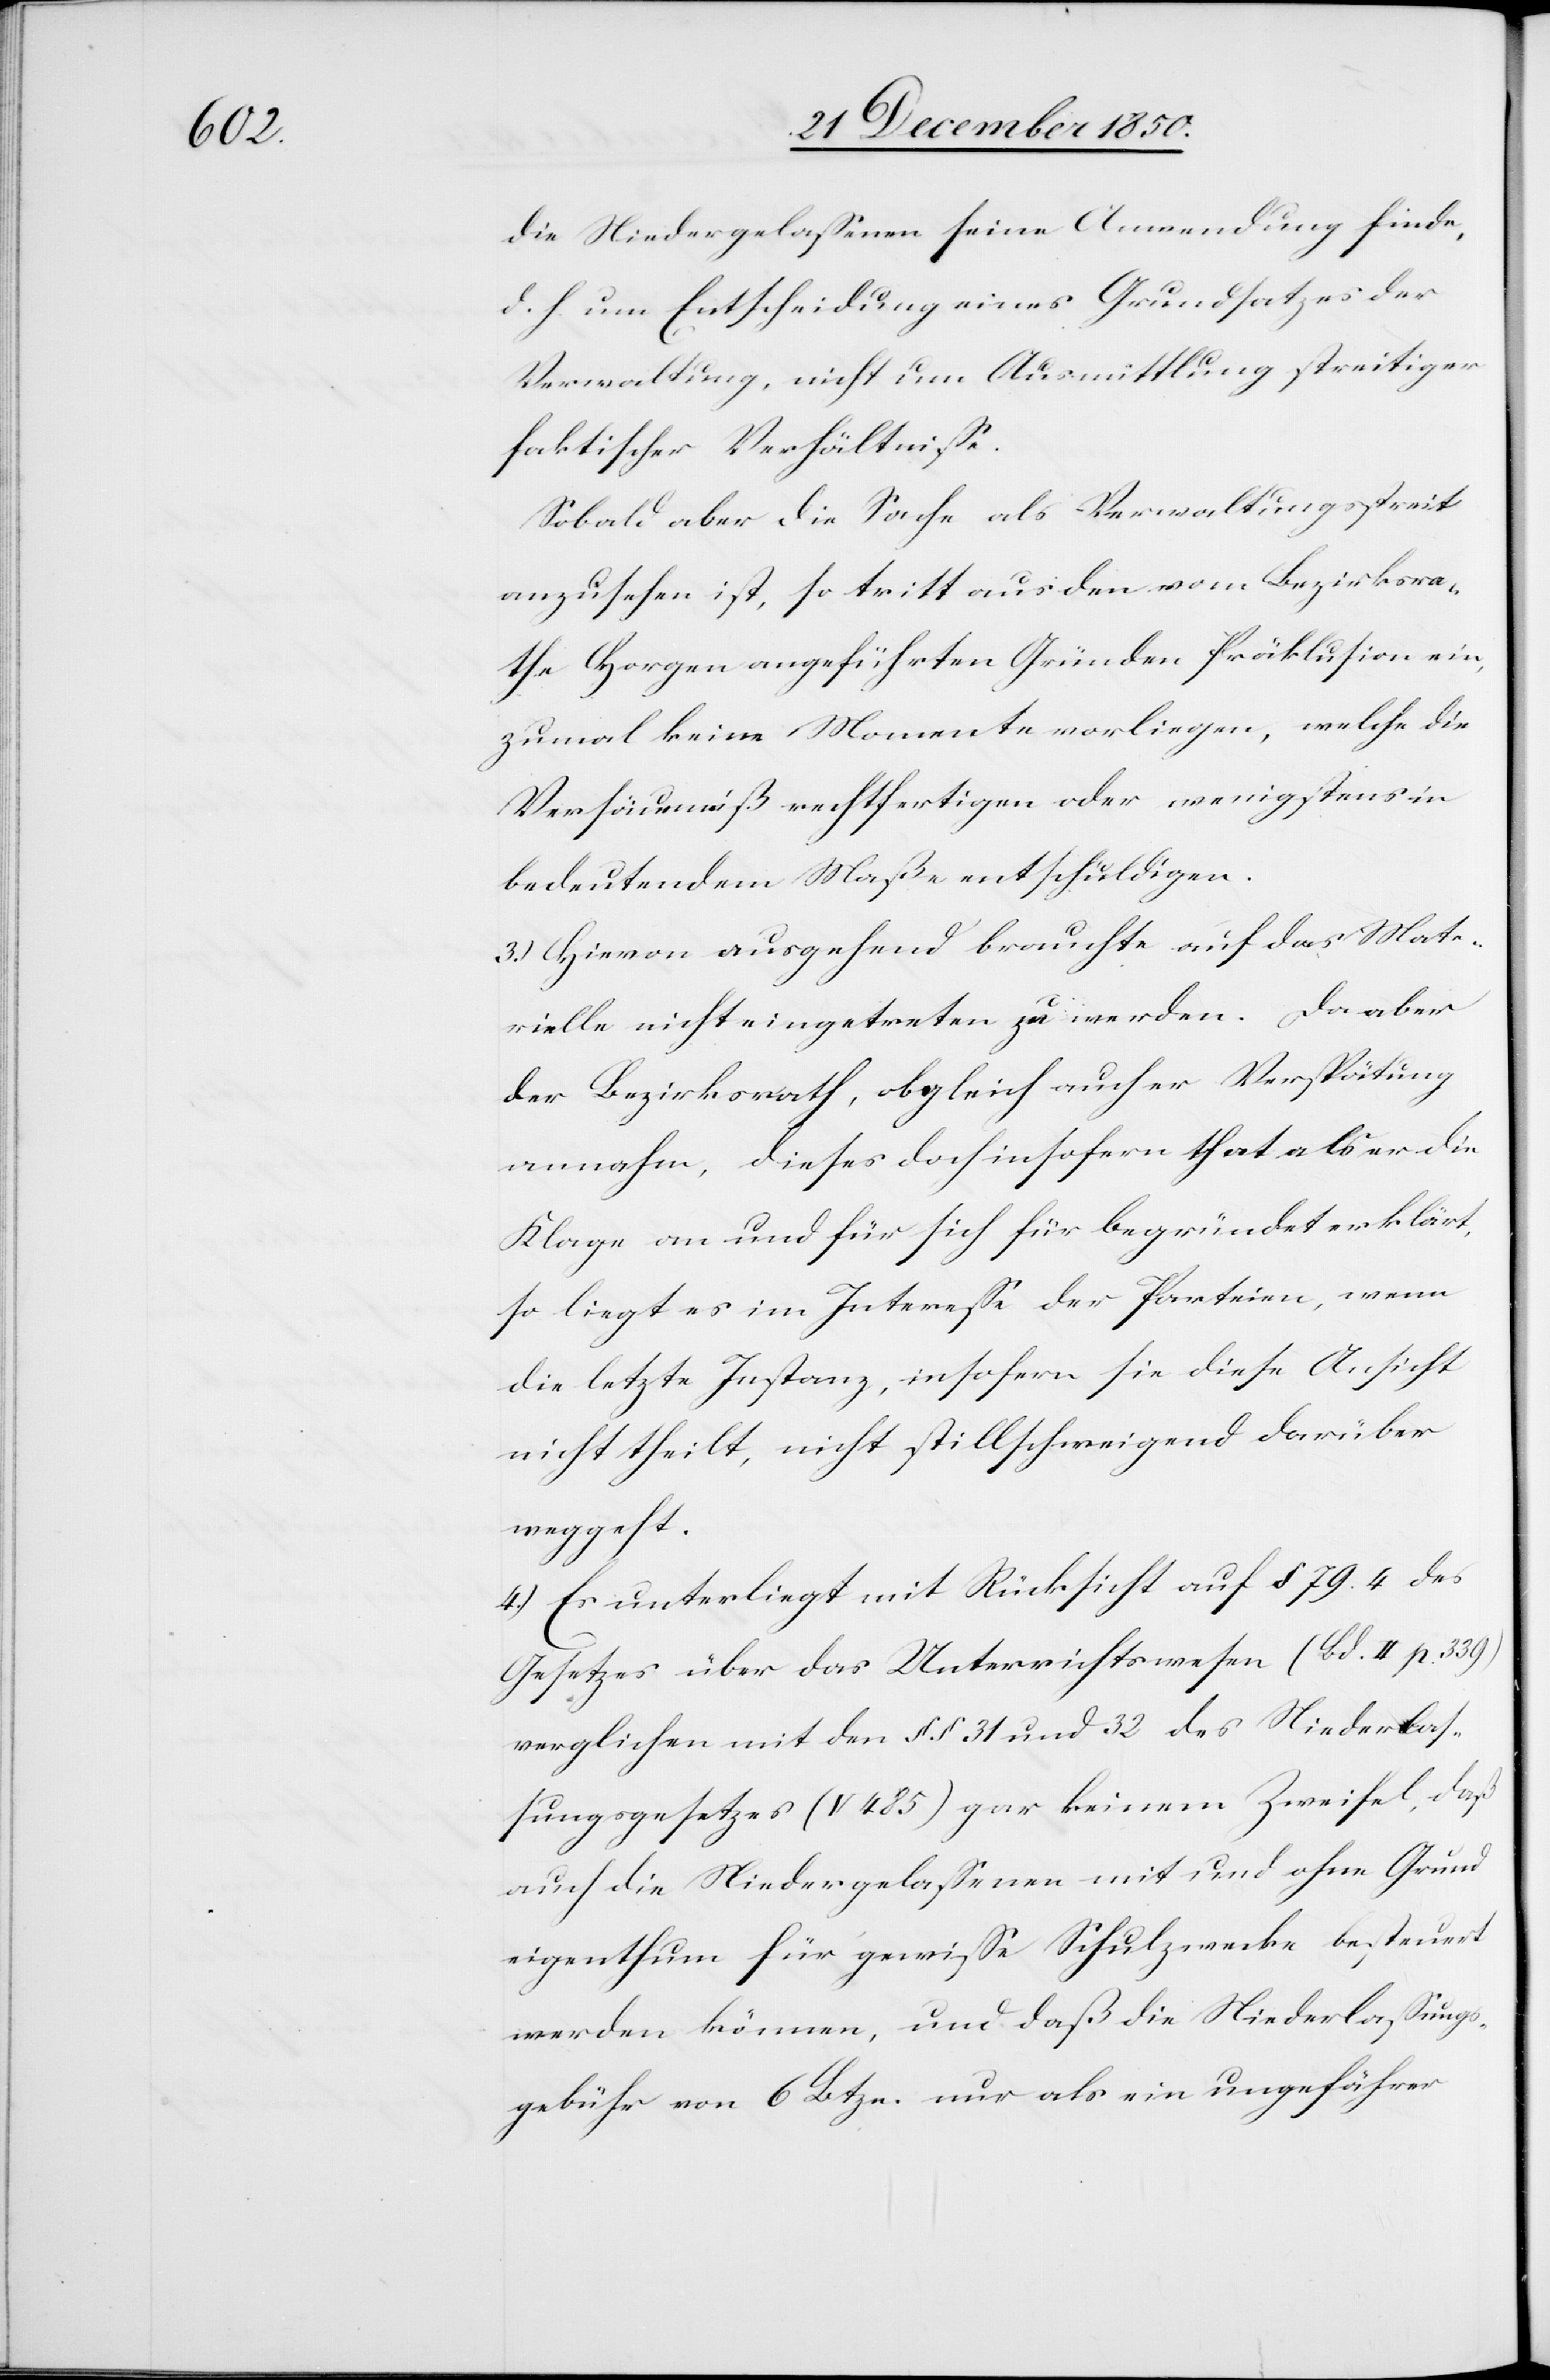
die Niedergelassenen seine Anwendung finde,
d. h. um Entscheidung eines Grundsatzes der
Verwaltung, nicht um Ausmittlung streitiger
faktischer Verhältnisse.
Sobald aber die Sache als Verwaltungsstreit
anzusehen ist, so tritt aus den vom Bezirksra¬
the Horgen angeführten Gründen Präklusion ein,
zumal keine Momente vorliegen, welche die
Versäumniß rechtfertigen oder wenigstens in
bedeutendem Maße entschuldigen.
3.) Hievon ausgehend brauchte auf das Mate¬
rielle nicht eingetreten zu werden. Da aber
der Bezirksrath, obgleich auch er Verspätung
annahm, dieses doch insofern that als er die
Klage an und für sich für begründet erklärt,
so liegt es im Interesse der Parteien, wenn
die letzte Instanz, insofern sie diese Ansicht
nicht theilt, nicht stillschweigend darüber
weggeht.
4.) Es unterliegt mit Rücksicht auf § 79. 4 des
Gesetzes über das Unterrichtswesen (Bd. II p. 339)
verglichen mit den § § 31 und 32 des Niederlas¬
sungsgesetzes (V 485) gar keinem Zweifel, daß
auch die Niedergelassenen mit und ohne Grund¬
eigenthum für gewisse Schulzwecke besteuert
werden können, und daß die Niederlassungs¬
gebühr von 6 Btzn. nur als ein ungefährer